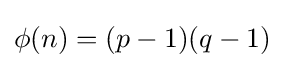
\phi (n)=(p-1)(q-1)